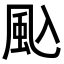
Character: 𮨦